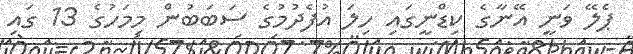
ޕެލޭ ވަނީ އޭނާގެ ކިޑްނީގައި ހިލަ އުފެދުމުގެ ސަބަބުން މިމަހުގެ 13 ގައި